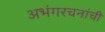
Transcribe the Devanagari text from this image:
अभंगरचनांची